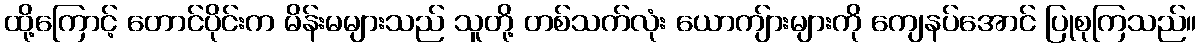
ထို့ကြောင့် တောင်ပိုင်းက မိန်းမများသည် သူတို့ တစ်သက်လုံး ယောကျ်ားများကို ကျေနပ်အောင် ပြုစုကြသည်။